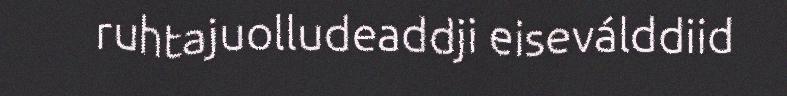
ruhtajuolludeaddji eiseválddiid